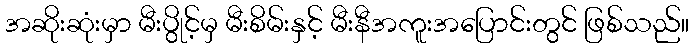
အဆိုးဆုံးမှာ မီးပွိုင့်မှ မီးစိမ်းနှင့် မီးနီအကူးအပြောင်းတွင် ဖြစ်သည်။